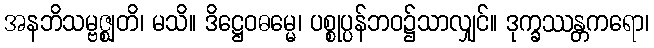
အနဘိသမ္ဗဇ္ဈတိ၊ မသိ။ ဒိဋ္ဌေဝဓမ္မေ၊ ပစ္စုပ္ပန်ဘဝ၌သာလျှင်။ ဒုက္ခဿန္တကရော၊